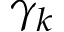
\gamma _ { k }